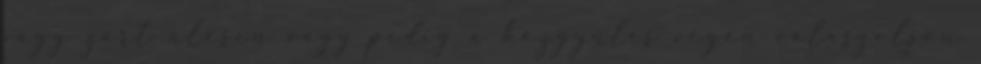
vagy zárt ülésen vagy pedig a közgyűlés végén válaszoljon